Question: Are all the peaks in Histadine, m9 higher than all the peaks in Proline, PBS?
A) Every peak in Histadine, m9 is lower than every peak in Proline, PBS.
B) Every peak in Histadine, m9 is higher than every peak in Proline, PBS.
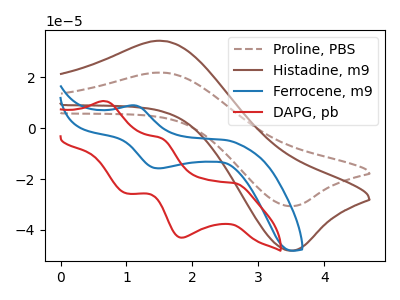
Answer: <think>The brown dashed curve "Proline, PBS" has an anodic peak at (1.55V, 21.85uA) and a cathodic peak at (3.45V, -30.60uA). The brown curve "Histadine, m9" has an anodic peak at (1.55V, 34.30uA) and a cathodic peak at (3.45V, -48.10uA). The blue curve "Ferrocene, m9" has an anodic peak at (1.15V, 9.00uA) and a cathodic peak at (1.50V, -15.75uA). The red curve "DAPG, pb" has anodic peaks at (0.70V, 10.65uA) (1.55V, -3.90uA) and cathodic peaks at (2.65V, -21.60uA) (1.85V, -43.05uA) (1.00V, -25.65uA).</think>
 <answer>B) Every peak in "Histadine, m9" is higher than every peak in "Proline, PBS".</answer>
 <eval>B</eval>